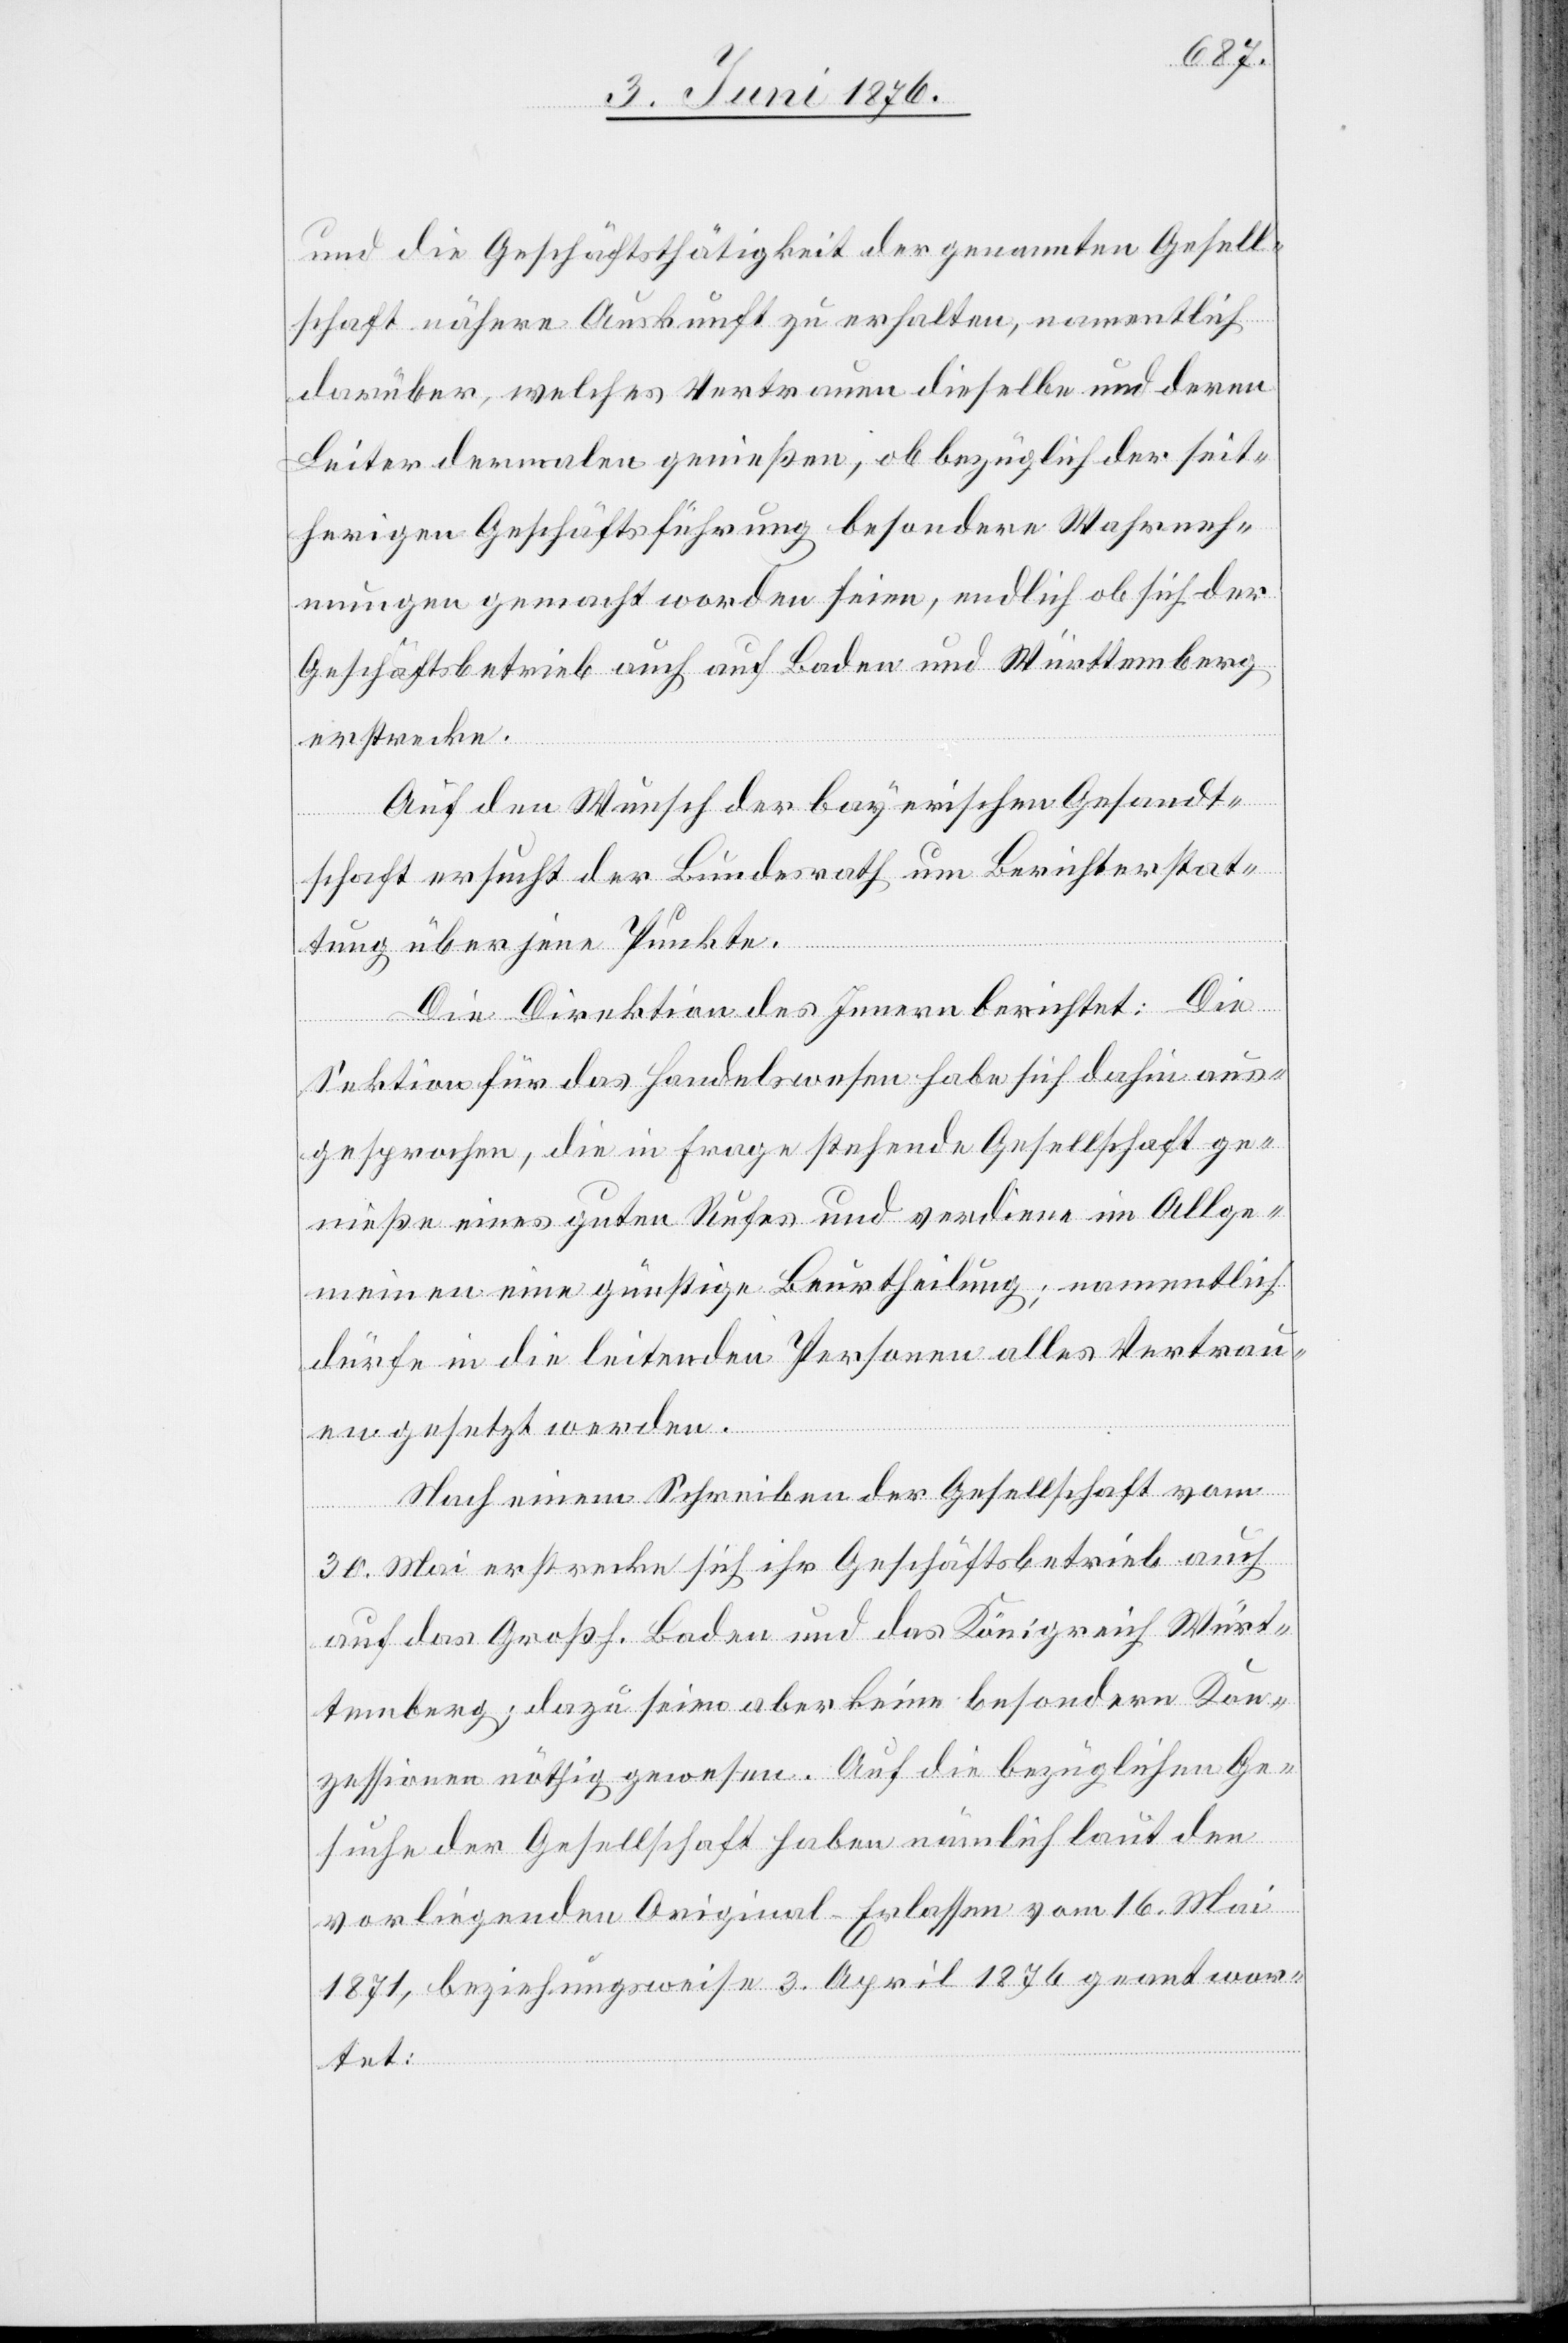
und die Geschäftsthätigkeit der genannten Gesell¬
schaft nähere Auskunft zu erhalten, namentlich
darüber, welches Vertrauen dieselbe und deren
Leiter dermalen genießen, ob bezüglich der seit¬
herigen Geschäftsführung besondere Wahrneh¬
mungen gemacht worden seien, endlich ob sich der
Geschäftsbetrieb auch auf Baden und Württemberg
erstrecke.
Auf den Wunsch der bayerischen Gesandt¬
schaft ersucht der Bundesrath um Berichterstat¬
tung über jene Punkte.
Die Direktion des Innern berichtet: Die
Sektion für das Handelswesen habe sich dahin aus¬
gesprochen, die in Frage stehende Gesellschaft ge¬
nieße eine günstige Beurtheilung; namentlich
dürfe in die leitenden Personen alles Vertrau¬
en gesetzt werden.
Nach einem Schreiben der Gesellschaft vom
30. Mai erstrecke sich ihr Geschäftsbetrieb auch
auf das Großh. Baden und das Königreich Würt¬
temberg; dazu seien aber keine besondern Kon¬
zessionen nöthig gewesen. Auf die bezüglichen Ge¬
suche der Gesellschaft haben nämlich laut den
vorliegenden Original-Erlassen vom 16. Mai
1871, beziehungsweise 3. April 1876 geantwor¬
tet: